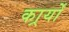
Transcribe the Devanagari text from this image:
कार्र्यों